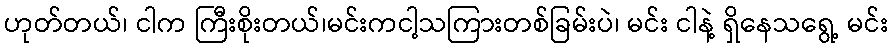
ဟုတ်တယ်၊ ငါက ကြီးစိုးတယ်၊မင်းကငါ့သကြားတစ်ခြမ်းပဲ၊ မင်း ငါနဲ့ ရှိနေသရွေ့ မင်း